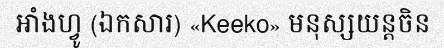
អាំងហ្វូ (ឯកសារ) «Keeko» មនុស្សយន្តចិន